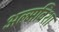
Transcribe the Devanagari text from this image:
अल्मविशा